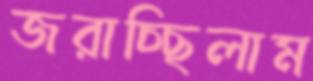
জরাচ্ছিলাম